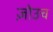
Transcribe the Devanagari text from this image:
ज़ोउच